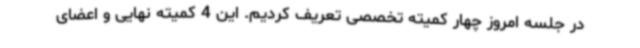
در جلسه امروز چهار کمیته تخصصی تعریف کردیم. این 4 کمیته نهایی و اعضای